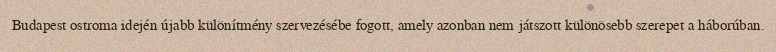
Budapest ostroma idején újabb különítmény szervezésébe fogott, amely azonban nem játszott különösebb szerepet a háborúban.